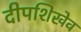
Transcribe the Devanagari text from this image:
दीपशिखेव